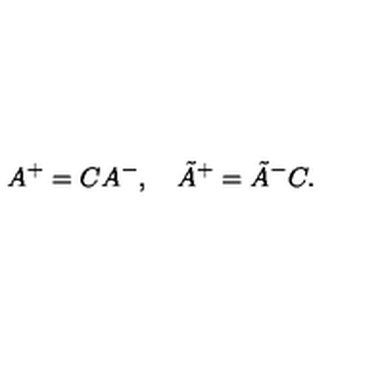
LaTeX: A ^ { + } = C A ^ { - } , \quad \tilde { A } ^ { + } = \tilde { A } ^ { - } C .